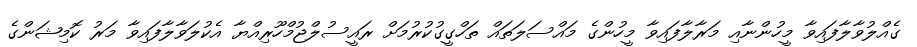
ގެއްލުވާލާފައިވާ މީހުންނާއި މަރާލާފައިވާ މީހުންގެ މައްސަލަތައް ތަހްގީގުކުރުމަށް ރައީސުލްޖުމްހޫރިއްޔާ އެކުލަވާލާފައިވާ މަރު ކޮމިޝަންގެ